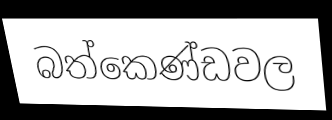
බත්කෙණ්ඩවල